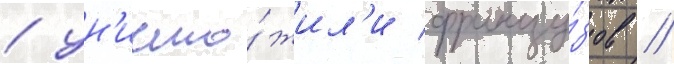
/ ун'ичто́жил'и францу́зов //